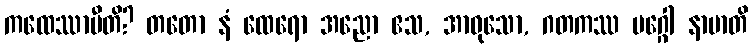
ကထေဿာမီတိ? တတော နံ ထေရော အညော ဧသ, အာဝုသော, ဂတကဿ မဂ္ဂေါ နာမာတိ